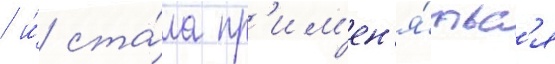
/ и́ ста́ла пр'им'ен'я́тьс'я